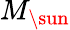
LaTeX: M_{\sun}